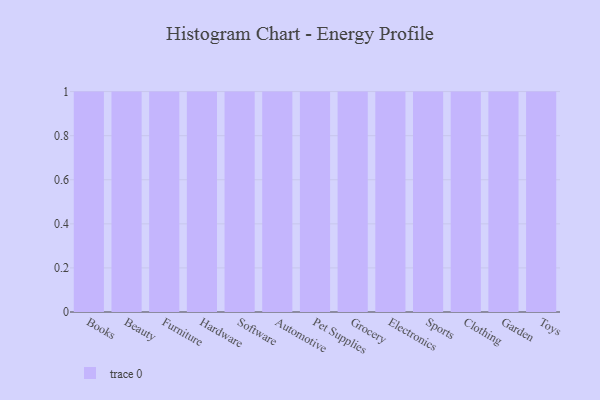
{"axis": {"x": "Category", "y": "Latency (ms)"}, "legend": [""], "data": [{"x": "Books", "y": 79, "type": ""}, {"x": "Beauty", "y": 88, "type": ""}, {"x": "Furniture", "y": 54, "type": ""}, {"x": "Hardware", "y": 25, "type": ""}, {"x": "Software", "y": 51, "type": ""}, {"x": "Automotive", "y": 91, "type": ""}, {"x": "Pet Supplies", "y": 43, "type": ""}, {"x": "Grocery", "y": 88, "type": ""}, {"x": "Electronics", "y": 76, "type": ""}, {"x": "Sports", "y": 12, "type": ""}, {"x": "Clothing", "y": 87, "type": ""}, {"x": "Garden", "y": 58, "type": ""}, {"x": "Toys", "y": 31, "type": ""}]}